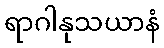
ရာဂါနုသယာနံ